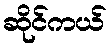
ဆိုင်ကယ်